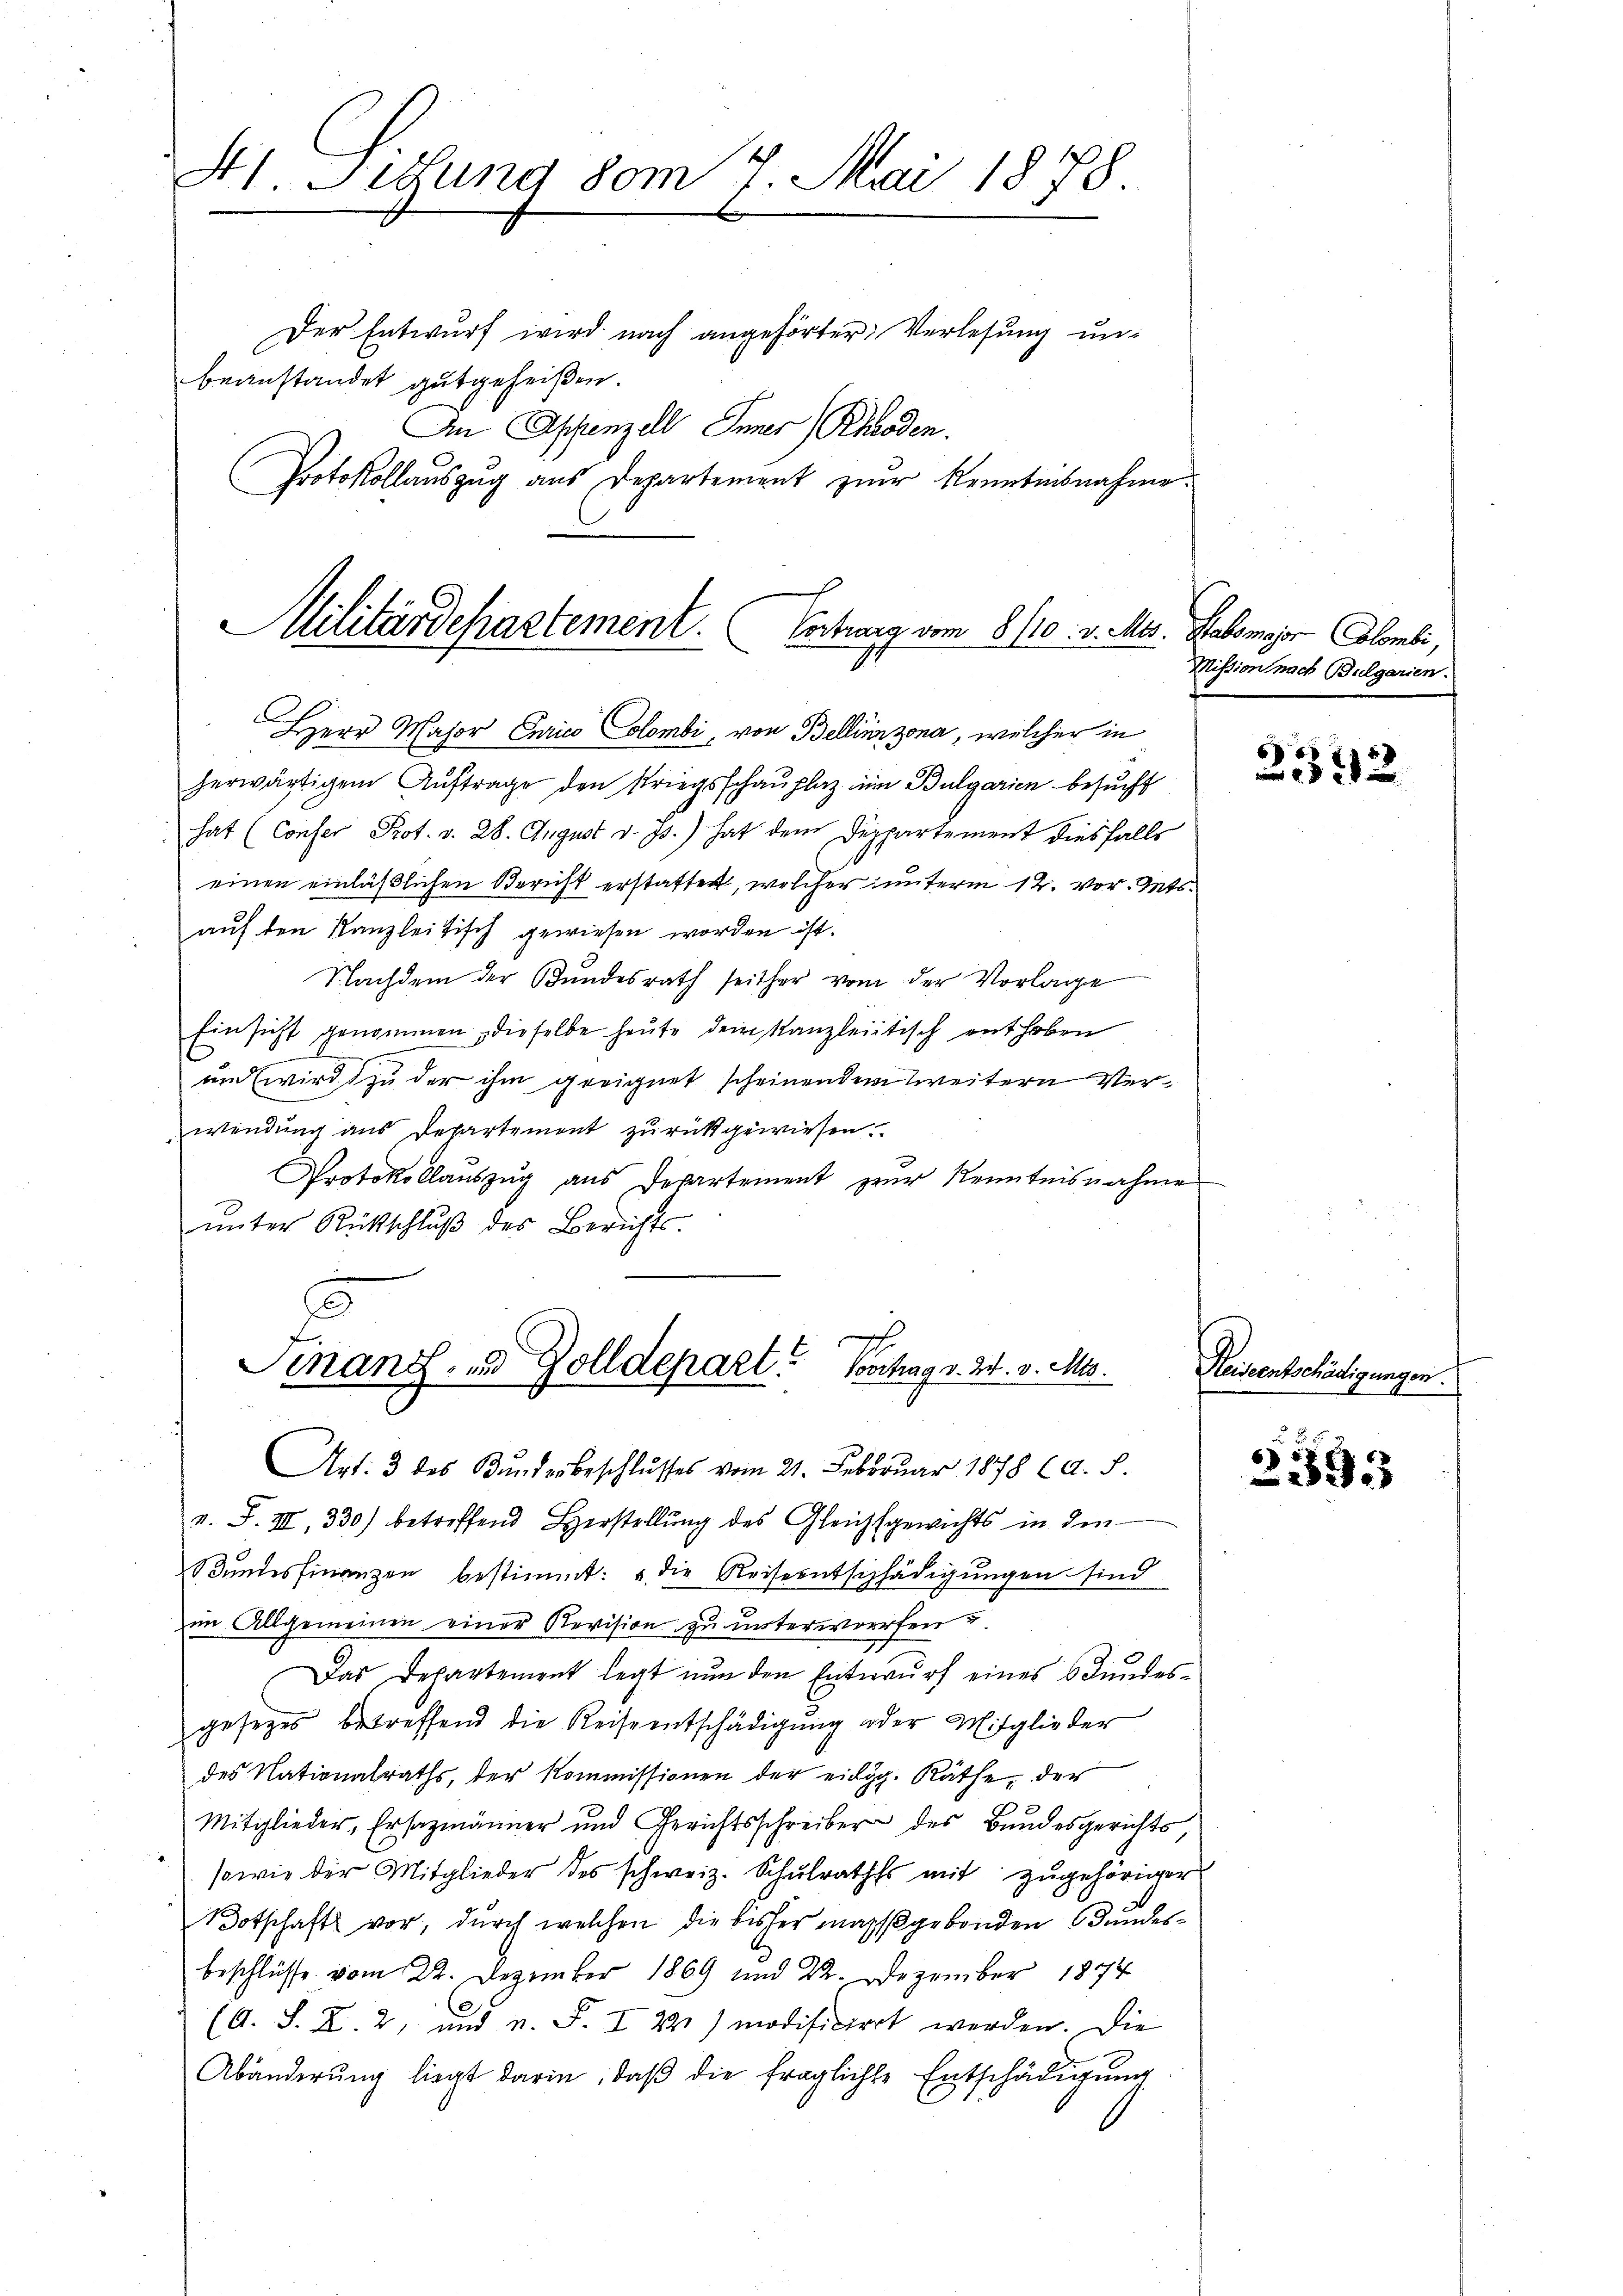
St Sitzung vom 7. Mai 1878.
Der Entwurf wird nach angehörter Verlesung unbeanstandet gutgeheißen.
An Appenzell Appenzell.
Protokollauszug aus Departement zur Kenntnisnahme.

Militärdepartement. Contrang vom 8/10. v. Mts. Habsmajor Combi,

Finanz- u. Zolldepart. Vortrag v. 24. v. Mts.

Herr Major Curico Colombi, von Bellinzona, welcher in
herwärtigem Auftrage den Kriegsschauplaz zum Bulgarien besucht
hat (Conser Prot. v. 28. August v. Js.) hat dem Deppartement diesfalls
einen einläßlichen Bericht erstatten, welcher unterm 12. vor. Mts.
auf den Kanzleitisch gewiesen worden ist.
Nachdem der Bundesrath seither vom der Vorlage
Einsicht genommen, dieselbe heute dem Kanzleiitisch enthoben
und wird zu der ihm geeignet scheinenden weitern Verwendung aus Departemont zurückgewiesen.
Protokollauszug aus Departement zur Kenntnisnahme
ŭnter Rückschlŭβ des Berichts-

Art. 3 des Bundesbeschlusses vom 21. Februar 1878 (A. §
a. F. III, 330) betreffend Herstellung des Gleichsgewichts in den
Bundesfinanzen bestimmt: „die Reiseentschädigungen sind
im Allgemeinen einer Revision zu unterworfen u
Das Departement legt nun den Entwurf eines Bundesgesezes betreffend die Reiseentschädigung oder Mitglieder
des Nationalraths, der Kommissionen der eidg. Räthe, der
Mitglieder, Ersazmänner und Gerichtsschreiber des Bundesgerichts
sowie der Mitglieder des schweiz. Schŭlrathes mit zugehöriger
otschaft vor, durch welchen die bisher massgebenden Bundesbeschlüsse vom 22. Dezember 1869 und 22. Dezember 1874
o
(A. S. X. 2, und u. F. I 22) modificiert werden. Die
Abänderŭng liegt darin, daβ die fraglichte Entschädigŭng

Mission nach Bulgarien.

5
22

Reiseentschädigungen.

5
2393